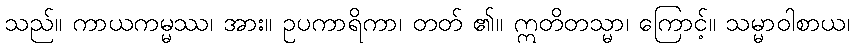
သည်။ ကာယကမ္မဿ၊ အား။ ဥပကာရိကာ၊ တတ် ၏။ ဣတိတသ္မာ၊ ကြောင့်။ သမ္မာဝါစာယ၊